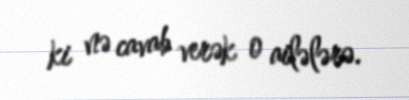
ki nə cavab verək o ailələrə.